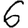
Digit: 6